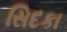
સિદકા